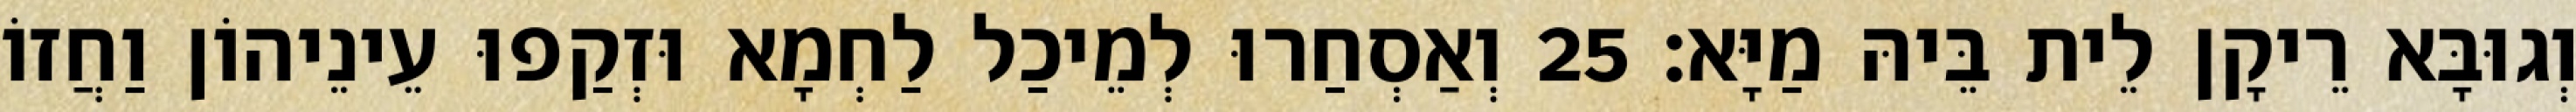
וְגוּבָּא רֵיקָן לֵית בֵּיהּ מַיָּא׃ 25 וְאַסְחַרוּ לְמֵיכַל לַחְמָא וּזְקַפוּ עֵינֵיהוֹן וַחֲזוֹ